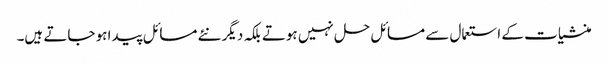
منشیات کے استعمال سے مسائل حل نہیں ہوتے بلکہ دیگر نئے مسائل پیدا ہو جاتے ہیں۔